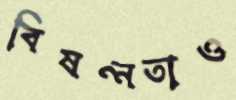
বিষণ্নতাও